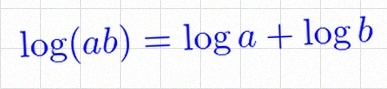
\log(ab)=\log a+\log b